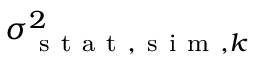
\sigma _ { \mathrm { ~ s ~ t ~ a ~ t ~ } , \mathrm { ~ s ~ i ~ m ~ } , k } ^ { 2 }